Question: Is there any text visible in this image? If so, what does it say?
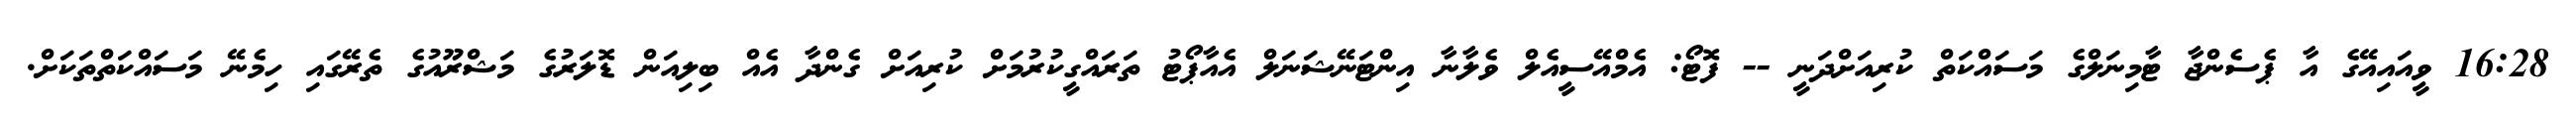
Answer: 16:28 ވީއައިއޭގެ އާ ޕެސެންޖާ ޓާމިނަލްގެ މަސައްކަތް ކުރިއަށްދަނީ -- ފޮޓޯ: އެމްއޭސީއެލް ވެލާނާ އިންޓަނޭޝަނަލް އެއާޕޯޓު ތަރައްގީކުރުމަށް ކުރިއަށް ގެންދާ އެއް ބިލިއަން ޑޮލަރުގެ މަޝްރޫއުގެ ތެރޭގައި ހިމެނޭ މަސައްކަތްތަކަށް.